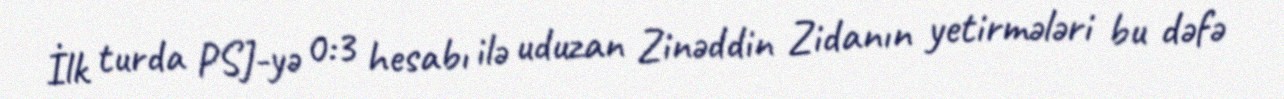
İlk turda PSJ-yə 0:3 hesabı ilə uduzan Zinəddin Zidanın yetirmələri bu dəfə